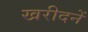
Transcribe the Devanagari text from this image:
खरीदनें